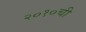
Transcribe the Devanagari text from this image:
२०१०ची